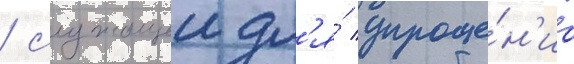
/ служащеи дл'я́ упроще́н'иа